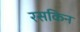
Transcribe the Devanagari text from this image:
रसकिन